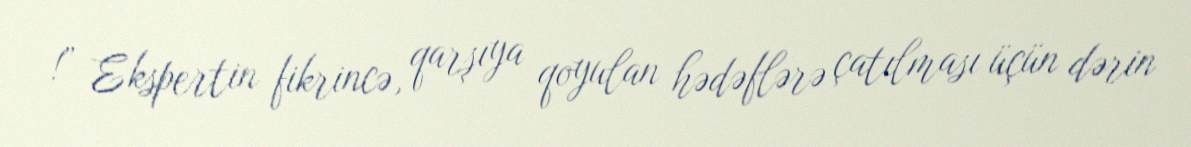
!” Ekspertin fikrincə, qarşıya qoyulan hədəflərə çatılması üçün dərin